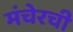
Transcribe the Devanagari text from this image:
मंचेरची